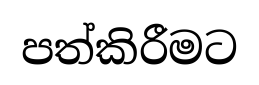
පත්කිරීමට